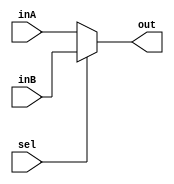
module mux_2to1_1bit(out, inA, inB, sel);

	output   out;

	input    inA;
	input    inB;
	input    sel;
	reg out;
	/* Fill in the implementation here ... */ 
	always@(inA,inB,sel) begin
		if (sel == 0) begin
			out <= inA;
		end
		else begin
			out <= inB;
		end
	end


endmodule